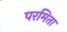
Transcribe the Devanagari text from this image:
परमिता